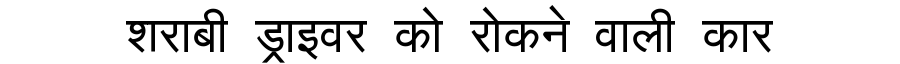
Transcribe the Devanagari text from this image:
शराबी ड्राइवर को रोकने वाली कार